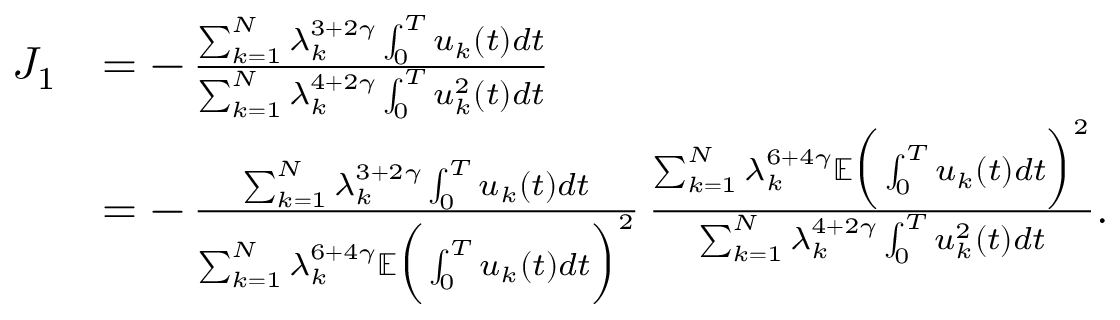
\begin{array} { r l } { J _ { 1 } } & { = - \, \frac { \sum _ { k = 1 } ^ { N } \lambda _ { k } ^ { 3 + 2 \gamma } \int _ { 0 } ^ { T } u _ { k } ( t ) d t } { \sum _ { k = 1 } ^ { N } \lambda _ { k } ^ { 4 + 2 \gamma } \int _ { 0 } ^ { T } u _ { k } ^ { 2 } ( t ) d t } } \\ & { = - \, \frac { \sum _ { k = 1 } ^ { N } \lambda _ { k } ^ { 3 + 2 \gamma } \int _ { 0 } ^ { T } u _ { k } ( t ) d t } { \sum _ { k = 1 } ^ { N } \lambda _ { k } ^ { 6 + 4 \gamma } \mathbb E \Big ( \int _ { 0 } ^ { T } u _ { k } ( t ) d t \Big ) ^ { 2 } } \, \frac { \sum _ { k = 1 } ^ { N } \lambda _ { k } ^ { 6 + 4 \gamma } \mathbb E \Big ( \int _ { 0 } ^ { T } u _ { k } ( t ) d t \Big ) ^ { 2 } } { \sum _ { k = 1 } ^ { N } \lambda _ { k } ^ { 4 + 2 \gamma } \int _ { 0 } ^ { T } u _ { k } ^ { 2 } ( t ) d t } . } \end{array}